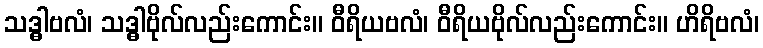
သဒ္ဓါဗလံ၊ သဒ္ဓါဗိုလ်လည်းကောင်း။ ဝီရိယဗလံ၊ ဝီရိယဗိုလ်လည်းကောင်း။ ဟိရိဗလံ၊